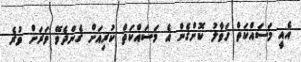
އެއީ މަސައްކަތް ހަވާލު ކޮށްގެން އެ މަސައްކަތް ކުރިއަށް ގެންދެވޭ ވަރަށް ވުރެ